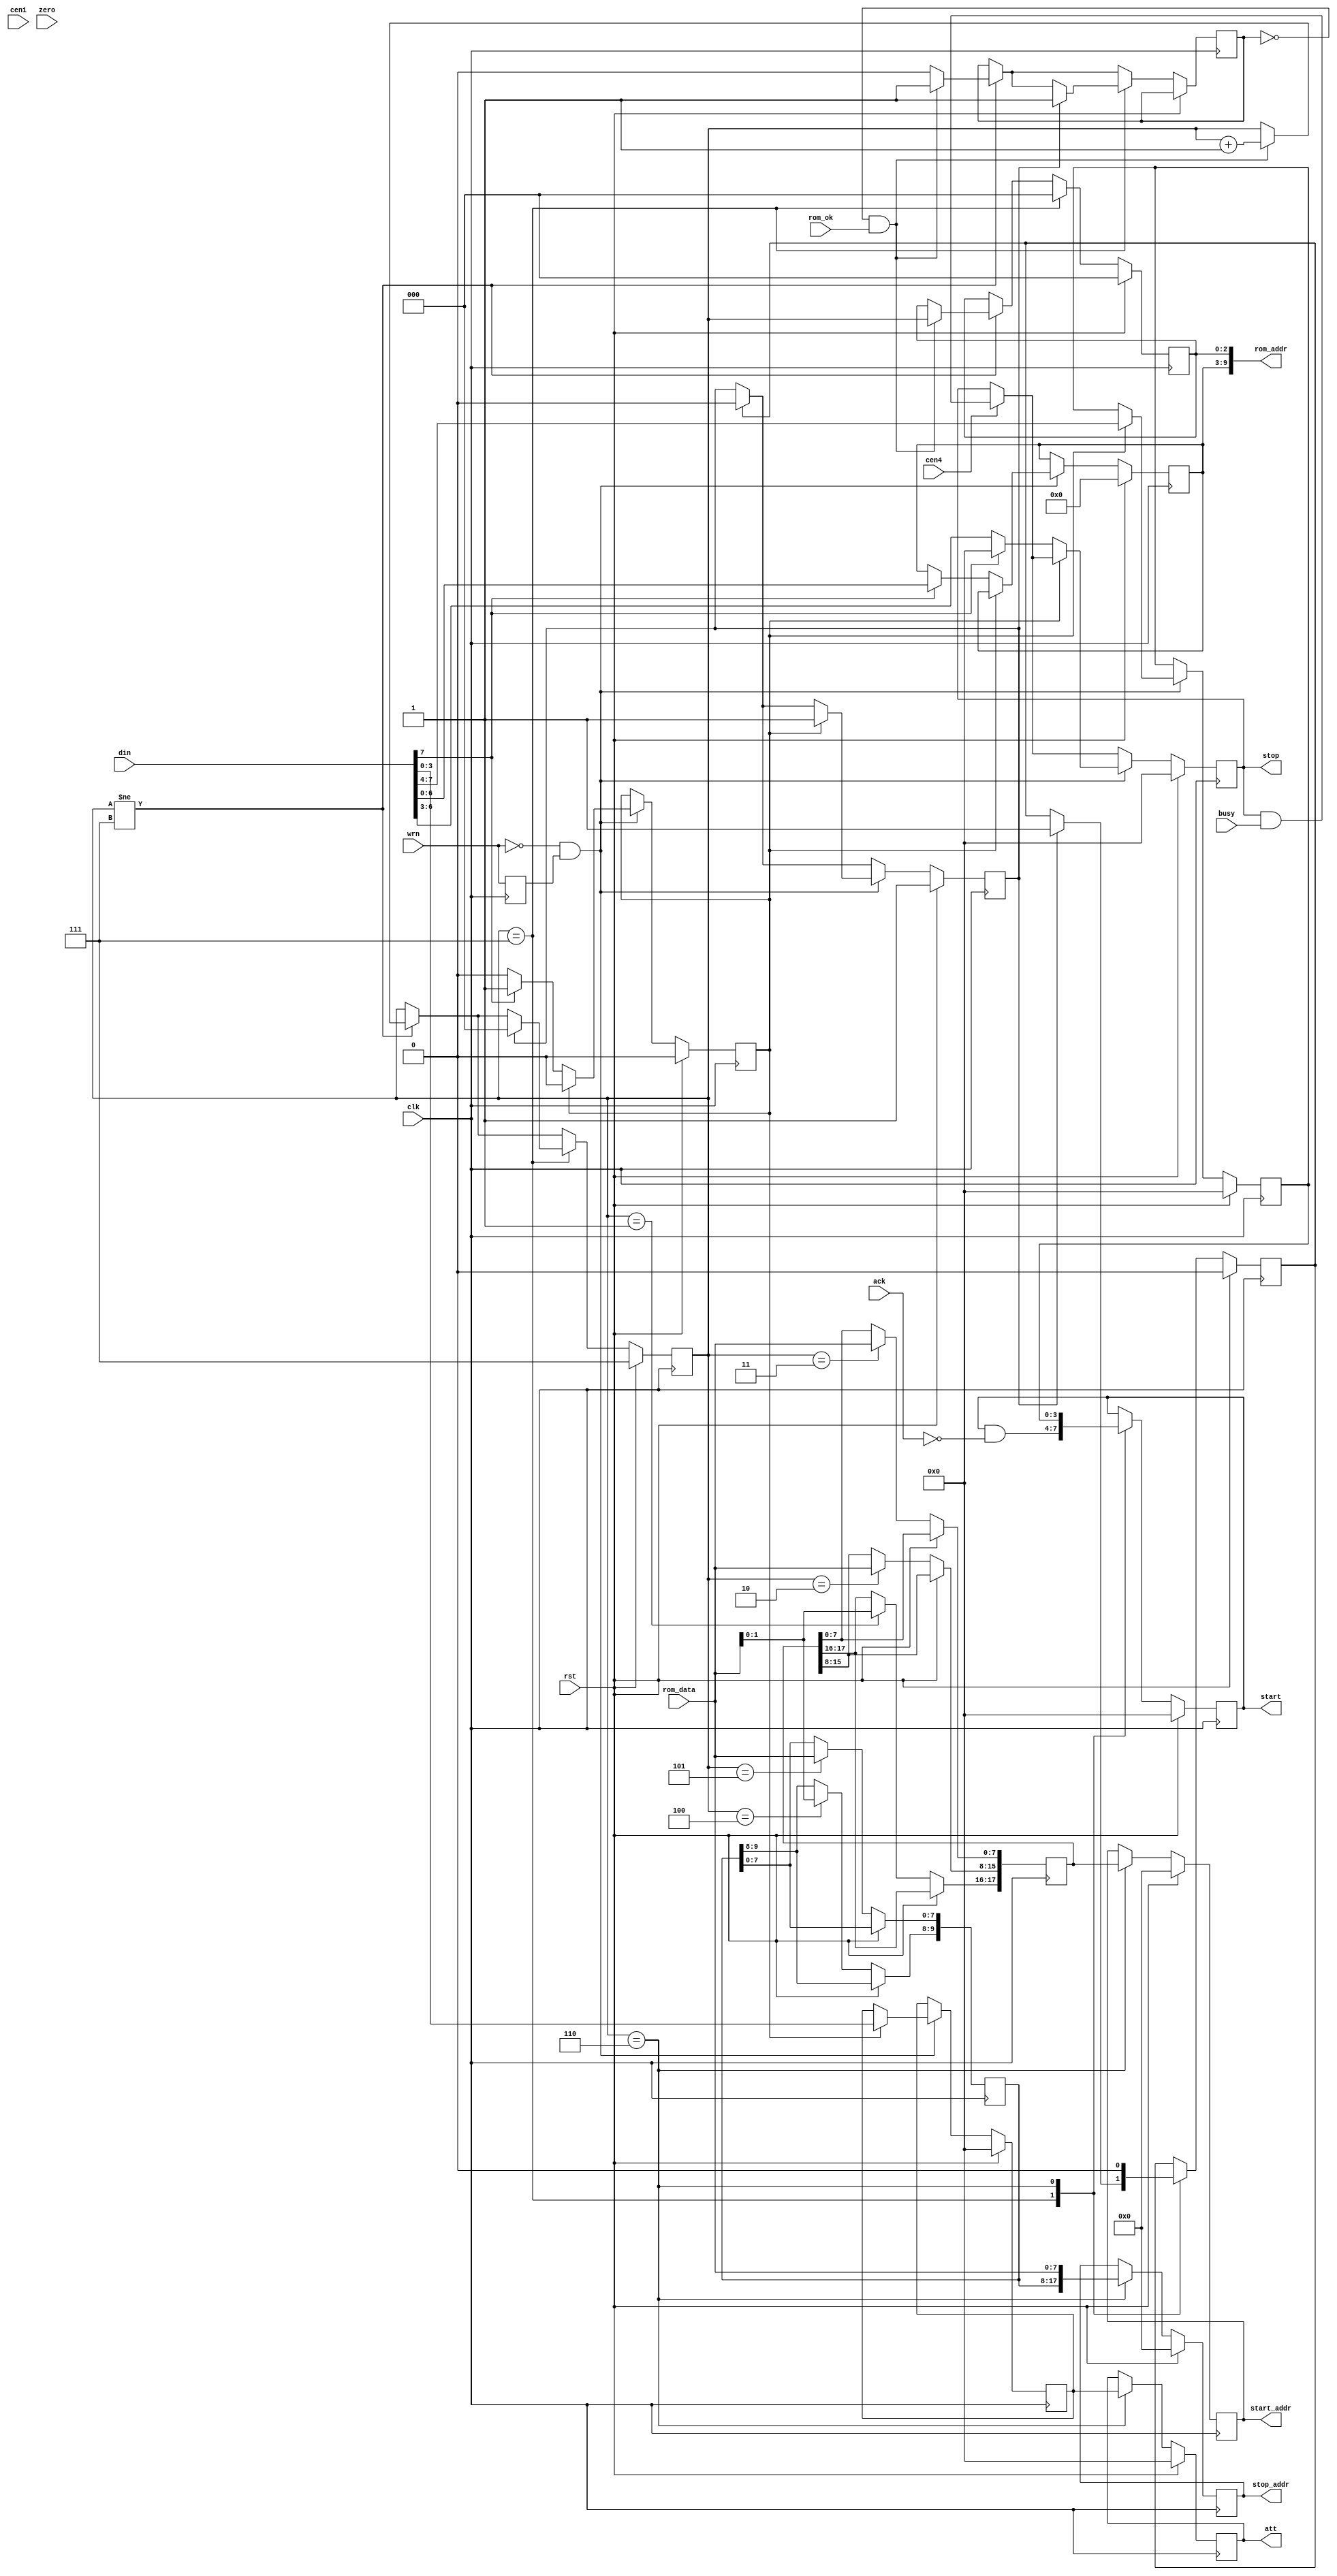
/*  This file is part of JT6295.
    JT6295 program is free software: you can redistribute it and/or modify
    it under the terms of the GNU General Public License as published by
    the Free Software Foundation, either version 3 of the License, or
    (at your option) any later version.

    JT6295 program is distributed in the hope that it will be useful,
    but WITHOUT ANY WARRANTY; without even the implied warranty of
    MERCHANTABILITY or FITNESS FOR A PARTICULAR PURPOSE.  See the
    GNU General Public License for more details.

    You should have received a copy of the GNU General Public License
    along with JT6295.  If not, see <http://www.gnu.org/licenses/>.

    Author: Jose Tejada Gomez. Twitter: @topapate
    Version: 1.0
    Date: 6-1-2020 */

module jt6295_ctrl(
    input                  rst,
    input                  clk,
    input                  cen4,
    input                  cen1,
    // CPU
    input                  wrn,
    input      [ 7:0]      din,
    // Channel address
    output reg [17:0]      start_addr,
    output reg [17:0]      stop_addr,
    // Attenuation
    output reg [ 3:0]      att,
    // ROM interface
    output     [ 9:0]      rom_addr,
    input      [ 7:0]      rom_data,
    input                  rom_ok,
    // flow control
    output reg [ 3:0]      start,
    output reg [ 3:0]      stop,
    input      [ 3:0]      busy,
    input      [ 3:0]      ack,
    input                  zero
);

reg  last_wrn;
wire negedge_wrn  = !wrn && last_wrn;

// new request
reg [6:0] phrase;
reg       push, pull;
reg [3:0] ch, new_att;
reg       cmd;

always @(posedge clk) begin
    last_wrn <= wrn;
end

reg stop_clr;

`ifdef JT6295_DUMP
integer fdump;
integer ticks=0;
initial begin
    fdump=$fopen("jt6295.log");
end
always @(posedge zero) ticks<=ticks+1;
always @(posedge clk ) begin
    if( negedge_wrn ) begin
        if( !cmd && !din[7] ) begin
            $fwrite(fdump,"@%0d - Mute %1X\n", ticks, din[6:3]);
        end
        if( cmd ) begin
            $fwrite(fdump,"@%0d - Start %1X, phrase %X, Att %X\n",
                ticks, din[7:4], phrase, din[3:0] );
        end
    end
end
`endif


// Bus interface
always @(posedge clk) begin
    if( rst ) begin
        cmd      <= 1'b0;
        stop     <= 4'd0;
        ch       <= 4'd0;
        pull     <= 1'b1;
        phrase   <= 7'd0;
        new_att  <= 0;
    end else begin
        if( cen4 ) begin
            stop <= stop & busy;
        end
        if( push ) pull <= 1'b0;
        if( negedge_wrn  ) begin // new write
            if( cmd ) begin // 2nd byte
                ch      <= din[7:4];
                new_att <= din[3:0];
                cmd     <= 1'b0;
                pull    <= 1'b1;
            end
            else if( din[7] ) begin // channel start
                phrase <= din[6:0];
                cmd    <= 1'b1; // wait for second byte
                stop   <= 4'd0;
            end else begin // stop data
                stop   <= din[6:3];
            end
        end
    end
end

reg [17:0] new_start;
reg [17:8] new_stop;
reg [ 2:0] st, addr_lsb;
reg        wrom;

assign rom_addr = { phrase, addr_lsb };

// Request phrase address
always @(posedge clk) begin
    if( rst ) begin
        st         <= 7;
        att        <= 0;
        start_addr <= 0;
        stop_addr  <= 0;
        start      <= 0;
        push       <= 0;
        addr_lsb   <= 0;
    end else begin
        if( st!=7 ) begin
            wrom <= 0;
            if( !wrom && rom_ok ) begin
                st       <= st+3'd1;
                addr_lsb <= st;
                wrom     <= 1;
            end
        end
        case( st )
            7: begin
                start    <= start & ~ack;
                addr_lsb <= 0;
                if(pull) begin
                    st       <= 0;
                    wrom     <= 1;
                    push     <= 1;
                end
            end
            0:;
            1: new_start[17:16] <= rom_data[1:0];
            2: new_start[15: 8] <= rom_data;
            3: new_start[ 7: 0] <= rom_data;
            4: new_stop [17:16] <= rom_data[1:0];
            5: new_stop [15: 8] <= rom_data;
            6: begin
                start       <= ch;
                start_addr  <= new_start;
                stop_addr   <= {new_stop[17:8], rom_data} ;
                att         <= new_att;
                push        <= 0;
            end
        endcase
    end
end

endmodule